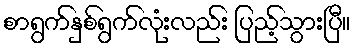
စာရွက်နှစ်ရွက်လုံးလည်း ပြည့်သွားပြီ။